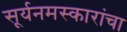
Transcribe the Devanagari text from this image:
सूर्यनमस्कारांचा